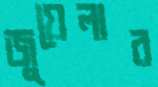
জুয়েলার